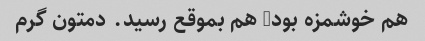
هم خوشمزه بود, هم بموقع رسید. دمتون گرم